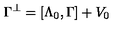
\Gamma ^ { \perp } = [ \Lambda _ { 0 } , \Gamma ] + V _ { 0 }